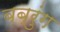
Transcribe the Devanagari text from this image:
बब्रुंग